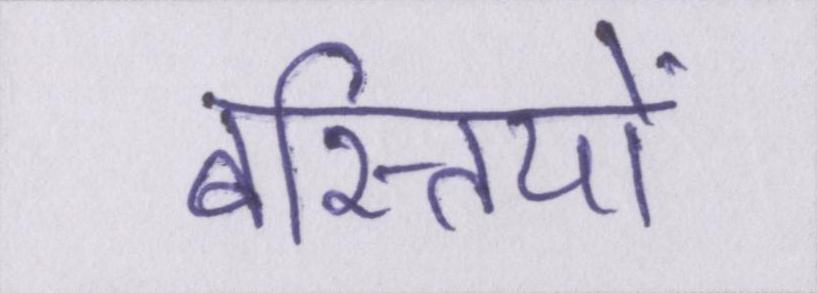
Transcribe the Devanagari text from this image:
बस्तियों